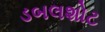
ડબલશોટ